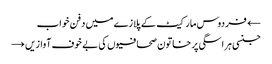
← فردوس مارکیٹ کے پلازے میں دفن خواب
جنسی ہراسگی پر خاتون صحافیوں کی بے خوف آوازیں →